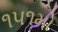
૧૫૧મો